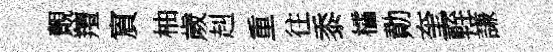
覿羶賔柚歲赳重往黍櫺勣奎輊謙